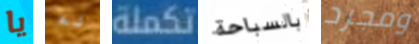
يا له تكملة بالسباحة ومجرد